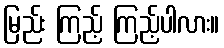
မြည်း ကြည့် ကြည့်ပါလား။